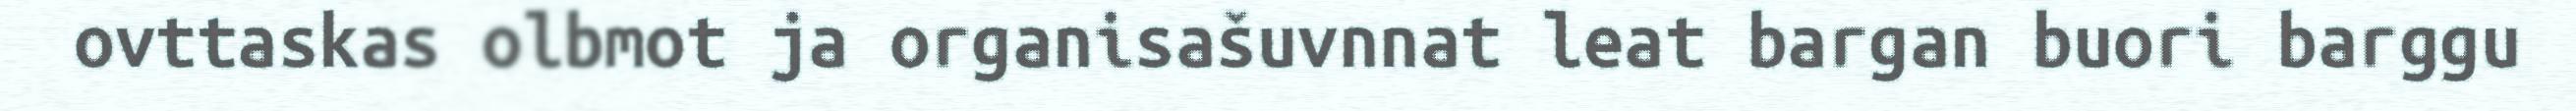
ovttaskas olbmot ja organisašuvnnat leat bargan buori barggu